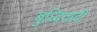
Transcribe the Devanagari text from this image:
बुध्दिवादी